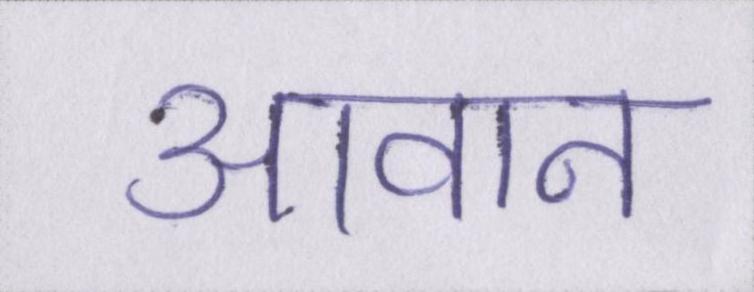
आवान